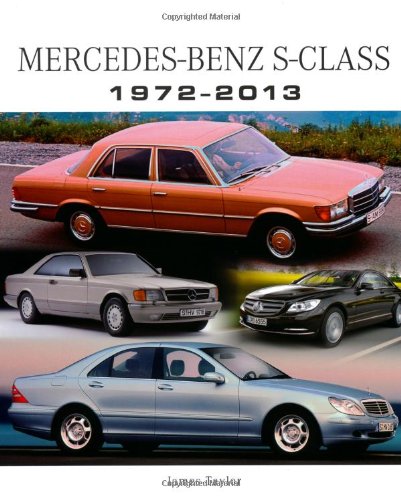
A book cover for Mercedes-Benz S-Class 1972-2013; James Taylor; Business & Money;